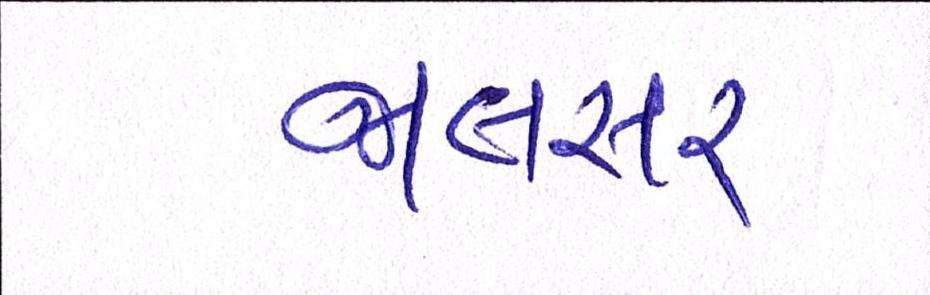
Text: જાલસર